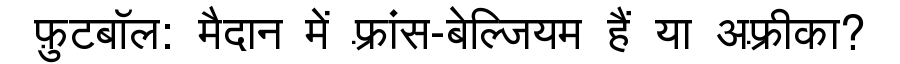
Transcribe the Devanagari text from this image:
फ़ुटबॉल: मैदान में फ़्रांस-बेल्जियम हैं या अफ़्रीका?